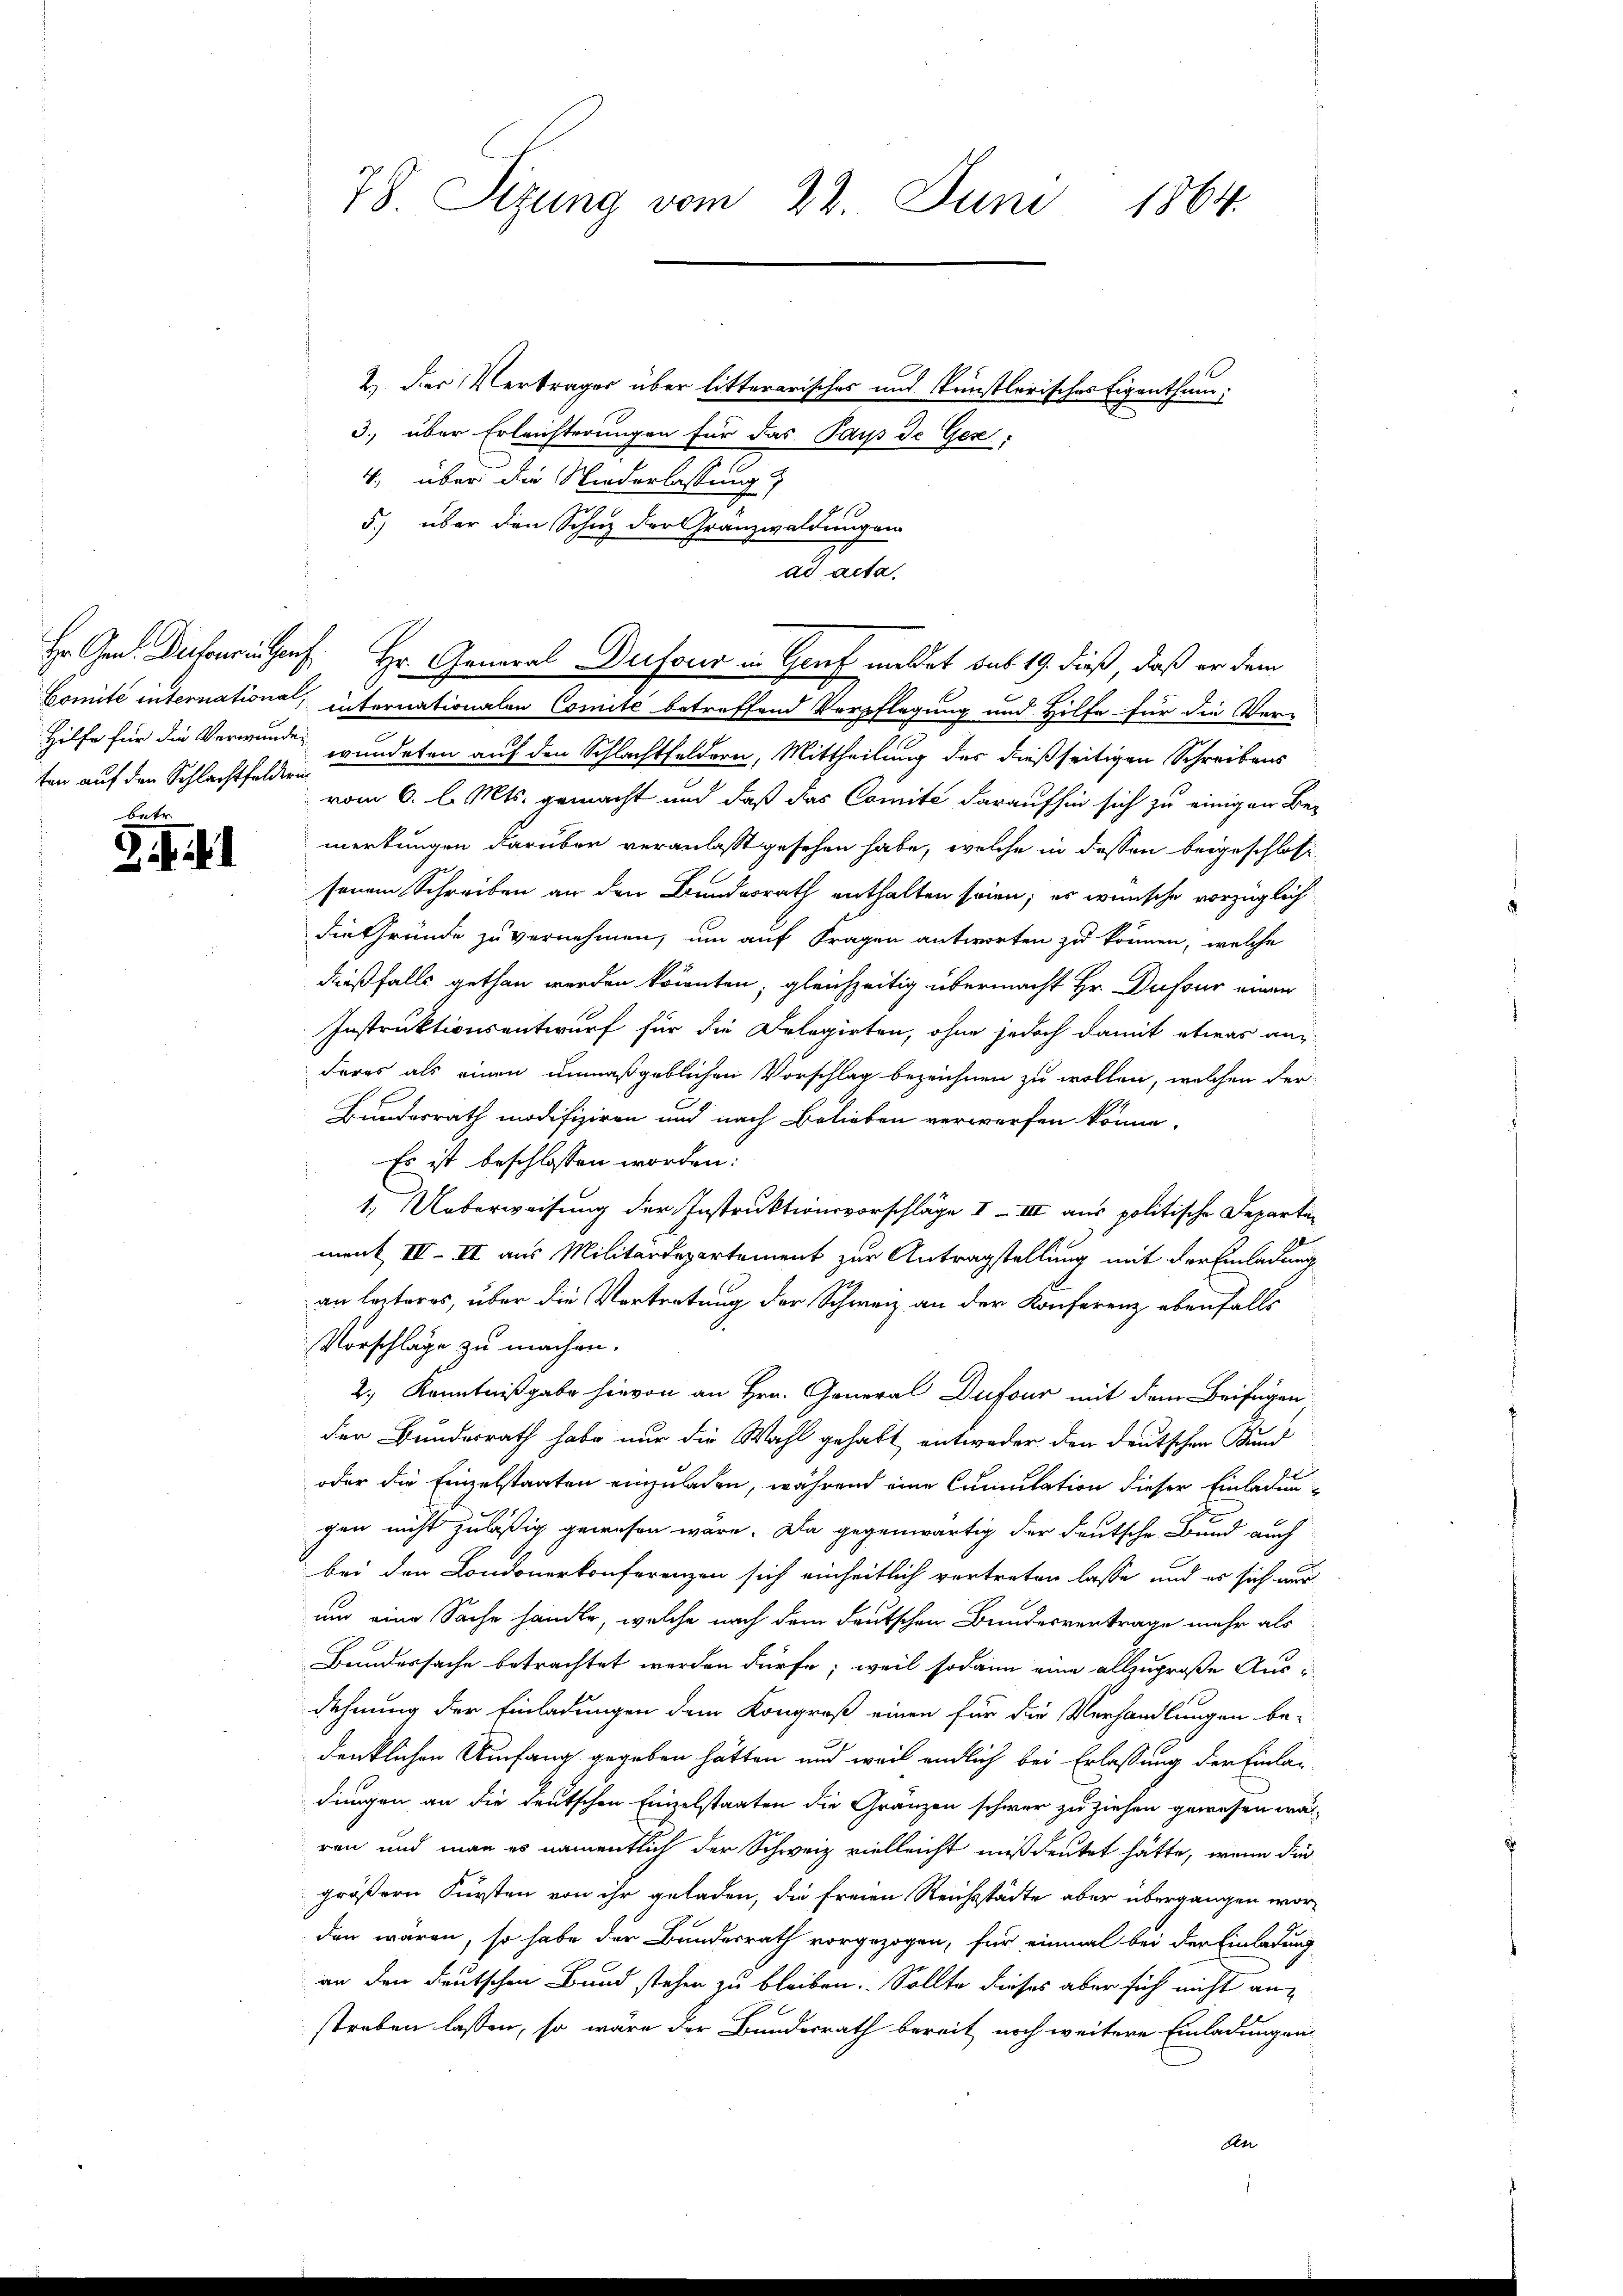
ten auf den Schlachtfelderun
betr

78. Sizung vom 22. Juni 1864.

2.) Der Vertrages über litterarisches und künstlerisches Eigenthum:
3. über Erleichterungen für das Pays de Gese
4., über die Niederlassung
5.) über den Schuz der Granzwaldungen
Comité internatione, internationalen Comité betreffend Verpflegung und Hilfe für die Ver-
Hilfe für die Verwunden wundeten auf den Schlachtfeldern, Mittheilung der dießseitigen Schreibens
vom 6. l. Mts. gemacht und daß das Comité daraufhin sich zu einigen Beemerkungen darüber veranlaßt gesehen habe, welche in dessen beigeschloss
senem Schreiben an den Bundesrath enthalten seien; es wünsche vorzüglich
die Gründe zu vernehmen, um auf Fragen antworten zu können, welche
dießfalls gethan werden könnten; gleichzeitig übermacht Hr. Dufour einen
Instruktionsantwurf für die Delegirten, ohne jedoch damit etwas anderes als einen unmaßgeblichen Vorschlag bezeichnen zu wollen, welchen der
Bundesrath modifiziren und nach Belieben verwerfen könne.
Es ist beschlossen worden:
1. Ueberweisung der Instruktionsvorschläge 1 - III aus politische Departen
ment IV II aus Militärdepartement zur Antragstellung mit der Einladung
an leiteres, über die Vertretung der Schweiz an der Konferenz ebenfalls
Vorschläge zu machen.
2.) Kenntnißgabe hievon an Hrn. General Dufour mit dem Beifügen
der Bundesrath habe nur die Wahl gehabt entweder den deutschen Bund
oder die Einzelstaaten einzuladen, während eine Cumulation dieser Einladen
gen nicht zuläßig gewesen wäre. Da gegenwärtig der deutsche Bund auch
bei den Londonerkonferenzen sich einheitlich vertreten lasse, und es sich nur
nur eine Sache handle, welche nach dem deutschen Bundesvertrage mehr als
Bundersache betrachtet werden dürfe; weil sodann eine allzugroße Ausdehnung der Einladungen dem Kongreß einen für die Verhandlungen be-
denklichen Umfang gegeben hätten und weil endlich bei Erlassung der Einlag
dungen an die deutschen Einzelstaaten die Gränzen schwer zu ziehen gewesen wär
ren und man es namentlich der Schweiz vielleicht mißdeutet hätte, wenn Fürgrößern Fürsten von ihr geladen, die freien Reichsstädte aber übergangen worden wären, so habe der Bundesrath vorgezogen, für einmal bei der Einladung
an den deutschen Bund stehen zu bleiben. Sollte dieses aber sich nicht anstreben lassen, so wäre der Bundesrath bereit noch weitere Einladungen
An

ad acta.
Hr. Gen. Deckerin auf Hr. General Dufour in Graf meldet das 19. dieß, daß er dem